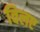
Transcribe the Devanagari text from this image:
विलए